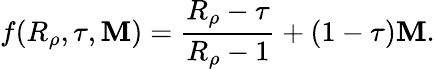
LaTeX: f(R_{\rho},\tau,{\cal\mathbf{M}})=\frac{{R_{\rho}-\tau}}{{R_{\rho}-1}}+(1-\tau){\cal\mathbf{M}}.